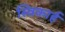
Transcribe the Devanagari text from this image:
स्विकार्ह